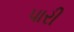
પારી